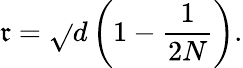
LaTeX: \mathfrak{r}=\sqrt{}{{d}}\left(1-\frac{{1}}{{2N}}\right).